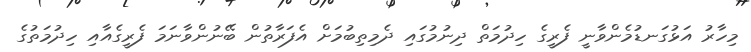
މިހާރު އަޅުގަނޑުމެންވާނީ ފެރީގެ ހިދުމަތް ދިނުމުގައި ދެމިތިބުމަށް އެފަރާތުން ބޭނުންވާނަމަ ފެރީގެއާއި ހިދުމަތުގެ